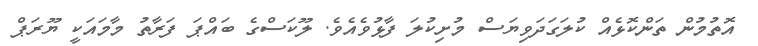
އޮތުމުން ތަންކޮޅެއް ކުލަގަދަވިޔަސް މުށިކުލަ ފާޅުވެއެވެ. ލޫކަސްގެ ބައްޕަ ފަރާތު މާމައަކީ ޔޫރަޕް